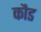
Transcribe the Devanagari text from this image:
कौड